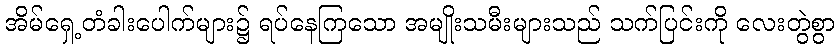
အိမ်ရှေ့တံခါးပေါက်များ၌ ရပ်နေကြသော အမျိုးသမီးများသည် သက်ပြင်းကို လေးတွဲစွာ